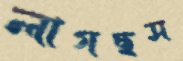
লাগছস